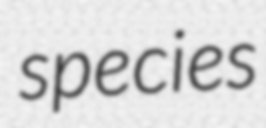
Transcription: species